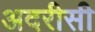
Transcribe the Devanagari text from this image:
अदरीसी